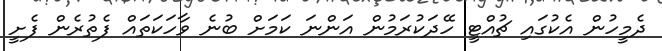
ދެމީހުން އެކުގައި ޗުއްޓީ ހޭދަކުރަމުން އަންނަ ކަމަށް ބުނެ ވާހަކަތައް ފެތުރެން ފެށީ